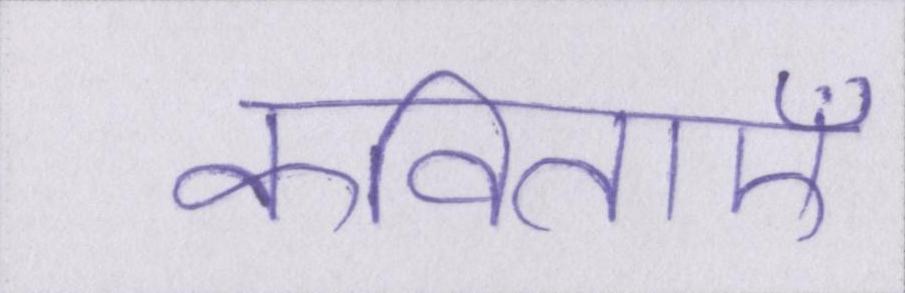
कविताएँ